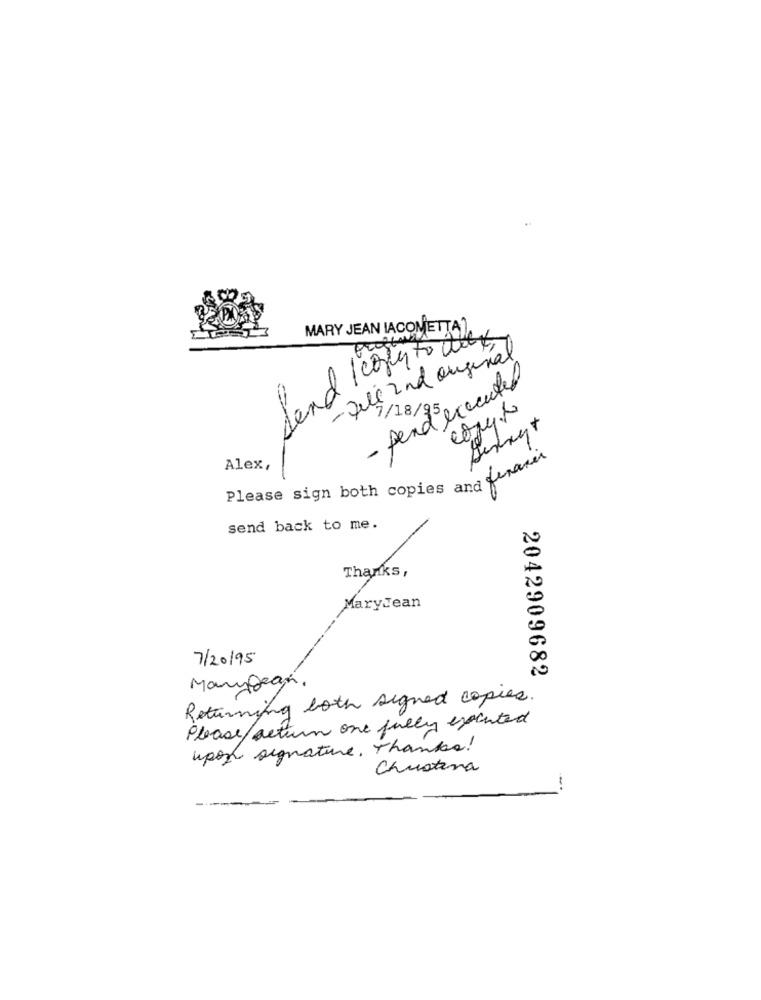
MARY JEAN IACOMETTA),
dend 1copy to duft
- fele 2nd original
- pendexecuted
7/18/95
Alex,
Please sign both copies and ferater
send back to me.
Thanks,
MaryJean
7/20/95
2042909682
Manypean.
Returning both signed copies.
Please/action one fully excited
upon signature. Thanks!
Chustena
-